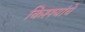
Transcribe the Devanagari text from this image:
किश्श्यांचे